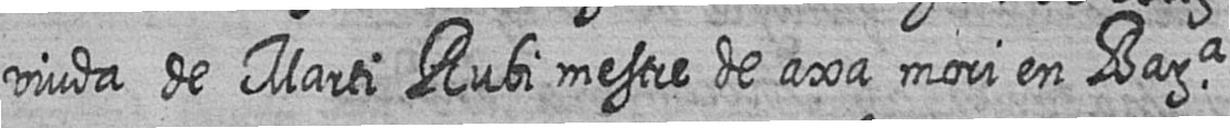
viuda de Marti Rubi mestre de axa mori en Bara